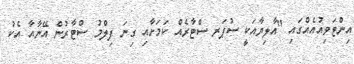
އިންޓަވިއުއެއްގައި "އާލިޔާއަކީ ސުޕަރ ސްޓާރެއް ކަމަށާއި ގިނަ ފިލްމު ސްޓާރުން އޭނާއާ އެކު